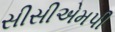
સીસીએમપી